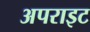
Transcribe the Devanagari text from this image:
अपराइट